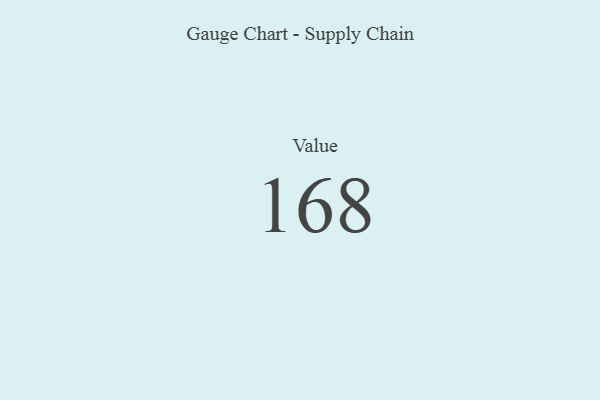
{"axis": {"x": "Metric", "y": "Value"}, "legend": [""], "data": [{"x": "Value", "y": 168, "type": ""}]}